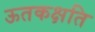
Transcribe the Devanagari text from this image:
ऊतकक्षति